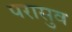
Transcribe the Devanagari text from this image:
परासुव